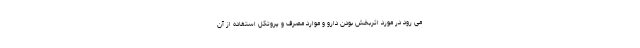
می رود در مورد اثربخش بودن دارو و موارد مصرف و پروتکل استفاده از آن